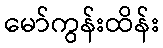
မော်ကွန်းထိန်း